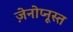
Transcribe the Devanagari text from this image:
ज़ेनोप्नूस्त